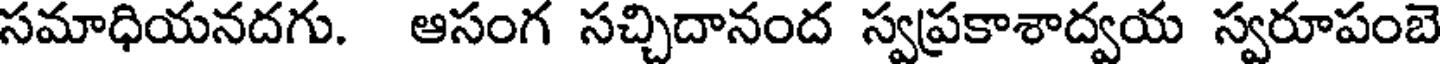
సమాధియనదగు. ఆసంగ సచ్చిదానంద స్వప్రకాశాద్వయ స్వరూపంబె